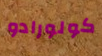
كولورادو